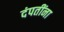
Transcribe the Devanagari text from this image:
दंपतींना